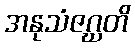
အနုသံဇဂ္ဃတိ